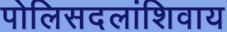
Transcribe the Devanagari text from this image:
पोलिसदलांशिवाय